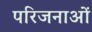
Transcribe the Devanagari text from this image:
परिजनाओं